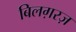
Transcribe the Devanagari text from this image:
बिलग़रज़